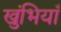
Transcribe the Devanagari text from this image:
खुंभियाँ